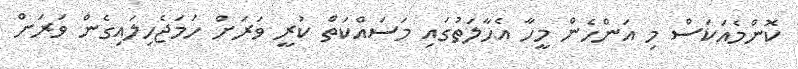
ކޮންމެއަކަސް މި އަންހެން މީހާ އެޙާލަތުގައި މަސައްކަތް ކުރީ ވަރަށް ހަމަޖެހިލައިގެން ވަރަށް